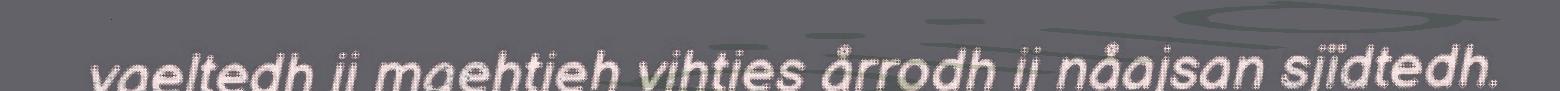
vaeltedh ij maehtieh vihties årrodh ij nåajsan sjïdtedh.